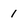
Character: 1